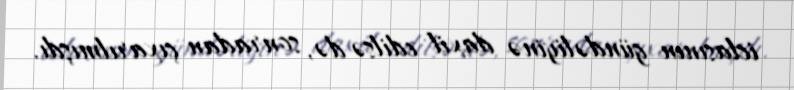
iclasının gündəliyinə daxil edilsə də, sonradan çıxarılmışdı.